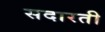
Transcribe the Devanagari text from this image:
सदारती